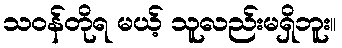
သဝန်တိုရ မယ့် သူလည်းမရှိဘူး။